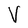
Character: V